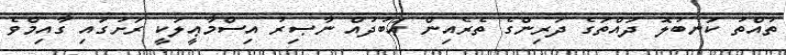
ތުއްތު ކަނބުލޮ ދައްތަގެ ދަރިންގެ ތެރެއިން ޢަބުދުއް ނާޞިރު އިސްމާޢީލަކީ ރަށުގައި ގާއިމްވެ